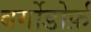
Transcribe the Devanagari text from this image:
बर्गोडोर्फ़